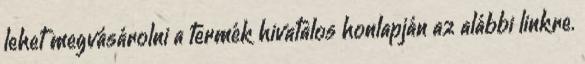
lehet megvásárolni a termék hivatalos honlapján az alábbi linkre.